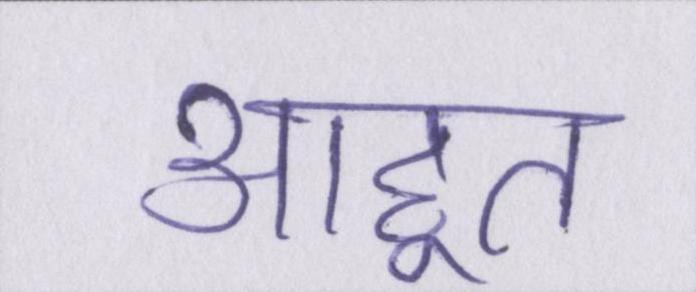
आहूत